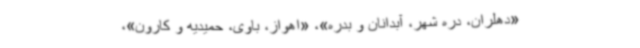
«دهلران، دره شهر، آبدانان و بدره»، «اهواز، باوی، حمیدیه و کارون»،